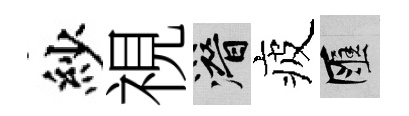
紗視潜疲匯